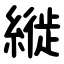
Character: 縰